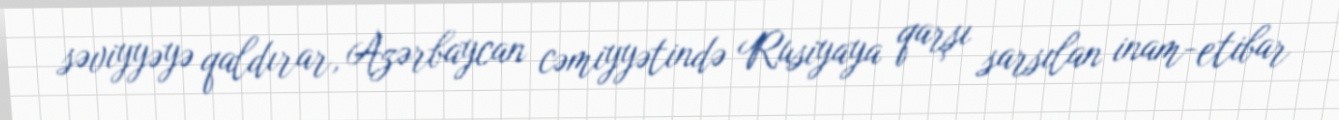
səviyyəyə qaldırar, Azərbaycan cəmiyyətində Rusiyaya qarşı sarsılan inam-etibar